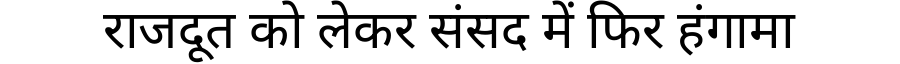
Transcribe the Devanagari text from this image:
राजदूत को लेकर संसद में फिर हंगामा